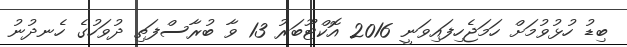
ބިޑު ހުޅުވުމަށް ހަމަޖެހިފައިވަނީ 2016 އޮކްޓޫބަރު 13 ވާ ބުރާސްފަތި ދުވަހުގެ ހެނދުނު